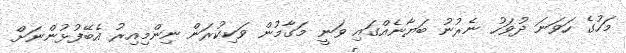
މަހުގެ ހަވަނަ ދުވަހު ނެރުނު ބަޔާނެއްގައި ވަނީ މަގާމުން ވަކިކުރަން ނިންމިއިރު އެބޭފުޅުންނަށް